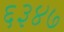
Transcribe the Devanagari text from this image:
६३४७